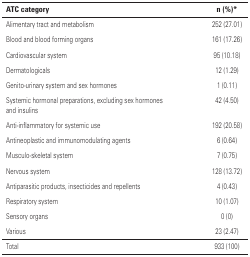
<table><thead><tr><td><b>ATC category</b></td><td><b>n (%)*</b></td></tr></thead><tbody><tr><td>Alimentary tract and metabolism</td><td>252 (27.01)</td></tr><tr><td>Blood and blood forming organs</td><td>161 (17.26)</td></tr><tr><td>Cardiovascular system</td><td>95 (10.18)</td></tr><tr><td>Dermatologicals</td><td>12 (1.29)</td></tr><tr><td>Genito-urinary system and sex hormones</td><td>1 (0.11)</td></tr><tr><td>Systemic hormonal preparations, excluding sex hormones and insulins</td><td>42 (4.50)</td></tr><tr><td>Anti-inflammatory for systemic use</td><td>192 (20.58)</td></tr><tr><td>Antineoplastic and immunomodulating agents</td><td>6 (0.64)</td></tr><tr><td>Musculo-skeletal system</td><td>7 (0.75)</td></tr><tr><td>Nervous system</td><td>128 (13.72)</td></tr><tr><td>Antiparasitic products, insecticides and repellents</td><td>4 (0.43)</td></tr><tr><td>Respiratory system</td><td>10 (1.07)</td></tr><tr><td>Sensory organs</td><td>0 (0)</td></tr><tr><td>Various</td><td>23 (2.47)</td></tr><tr><td>Total</td><td>933 (100)</td></tr></tbody></table>